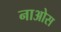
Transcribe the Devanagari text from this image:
नाओस